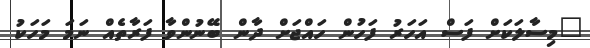
"މިސާލަކަށް ފަސް އަހަރު ފަހުން ހައްޖަށް ދާން ބޭނުންވާ ފަރާތެއް ނަމަ މަަހަކު